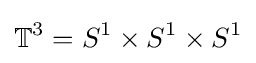
\mathbb {T} ^{3}=S^{1}\times S^{1}\times S^{1}